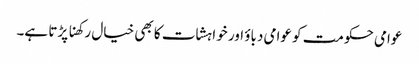
عوامی حکومت کو عوامی دباؤ اور خواہشات کا بھی خیال رکھنا پڑتا ہے۔